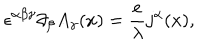
\epsilon ^ { \alpha \beta \gamma } \partial _ { \beta } A _ { \gamma } ( x ) = \frac { e } { \lambda } j ^ { \alpha } ( x ) ,